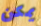
يمكن